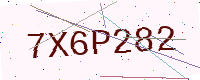
Text: 7X6P282